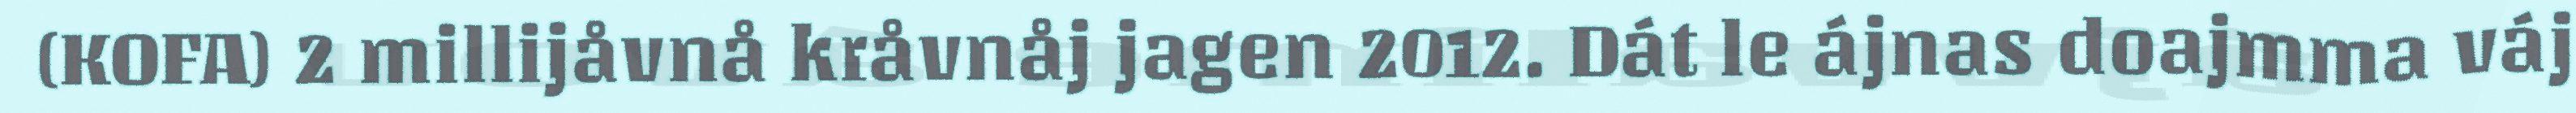
(KOFA) 2 millijåvnå kråvnåj jagen 2012. Dát le ájnas doajmma váj